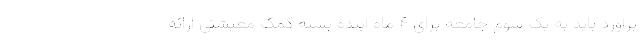
برآورد باید به یک سوم جامعه برای ۴ ماه آینده بسته کمک معیشتی ارائه